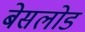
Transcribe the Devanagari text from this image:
बेसलोड